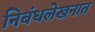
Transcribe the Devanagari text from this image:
निबंधलेखनात